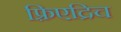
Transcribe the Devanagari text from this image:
फ़्रिएद्रिच